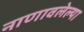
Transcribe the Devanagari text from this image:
नाणावलेल्या